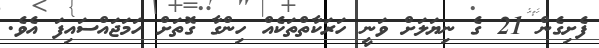
ފެށިގެން 21 ގެ ނިޔަލަށް ވަނީ ހަރަކާތްތަކެއް ހިންގާ ގޮތަށް ހަމަޖައްސައިފަ އެވެ.